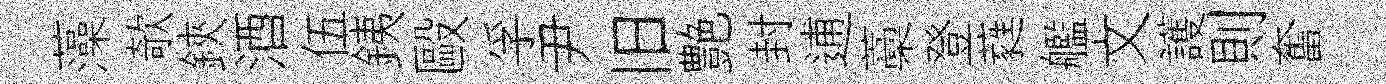
藻欹鋏酒伍銕毆孚尹旧艶封逋藁登蕤艦文護則奮